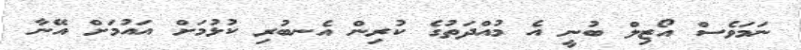
ނަމަވެސް އޯޒިލް ބުނީ އެ މުއްދަތުގެ ކުރިން އެނބުރި ކުޅުމަށް އައުމަށް އޭނާ